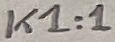
Text: K1:1